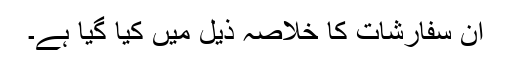
ان سفارشات کا خلاصہ ذیل میں کیا گیا ہے۔